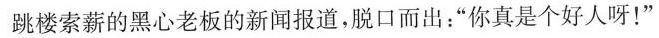
跳楼索薪的黑心老板的新闻报道，脱口而出：”你真是个好人呀！”